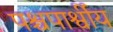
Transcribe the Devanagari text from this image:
पश्चपार्श्वीय